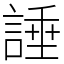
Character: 諈